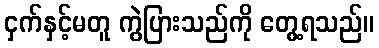
ငှက်နှင့်မတူ ကွဲပြားသည်ကို တွေ့ရသည်။